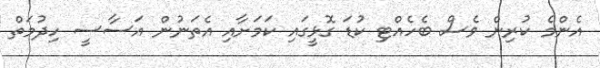
އެންމެ ކުރިން ވެސް ބެހެއްޓި ކުޑަ ގޮޅީގައި ކަމަށާއި އެތަނުން އަސާސީ ހިދުމަތް